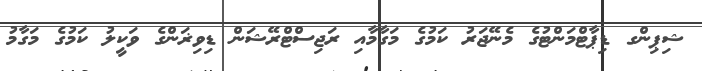
ޝިޕިންގ ޑިޕާޓްމަންޓުގެ މެނޭޖަރު ކަމުގެ މަގާމާއި ރަޖިސްޓްރޭޝަން ޑިވިޜަންގެ ވަކީލު ކަމުގެ މަގާމު